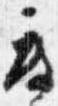
度